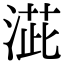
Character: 𣸆